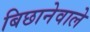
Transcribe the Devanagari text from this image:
बिछानेवाले